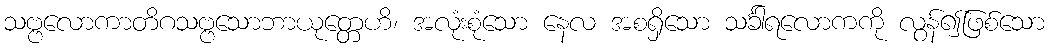
သဗ္ဗလောကာတိဂသဗ္ဗသောဘာယုတ္တေဟိ၊ အလုံးစုံသော နေလ အစရှိသော သင်္ခါရလောကကို လွန်၍ဖြစ်သော